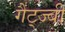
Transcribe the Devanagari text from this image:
गैट्ज्बी